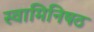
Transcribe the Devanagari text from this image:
स्वामिनिषठ